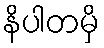
နိပါတမှိ